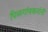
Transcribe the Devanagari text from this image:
पिळगांवकरांनी